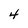
Character: 4